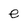
Character: e